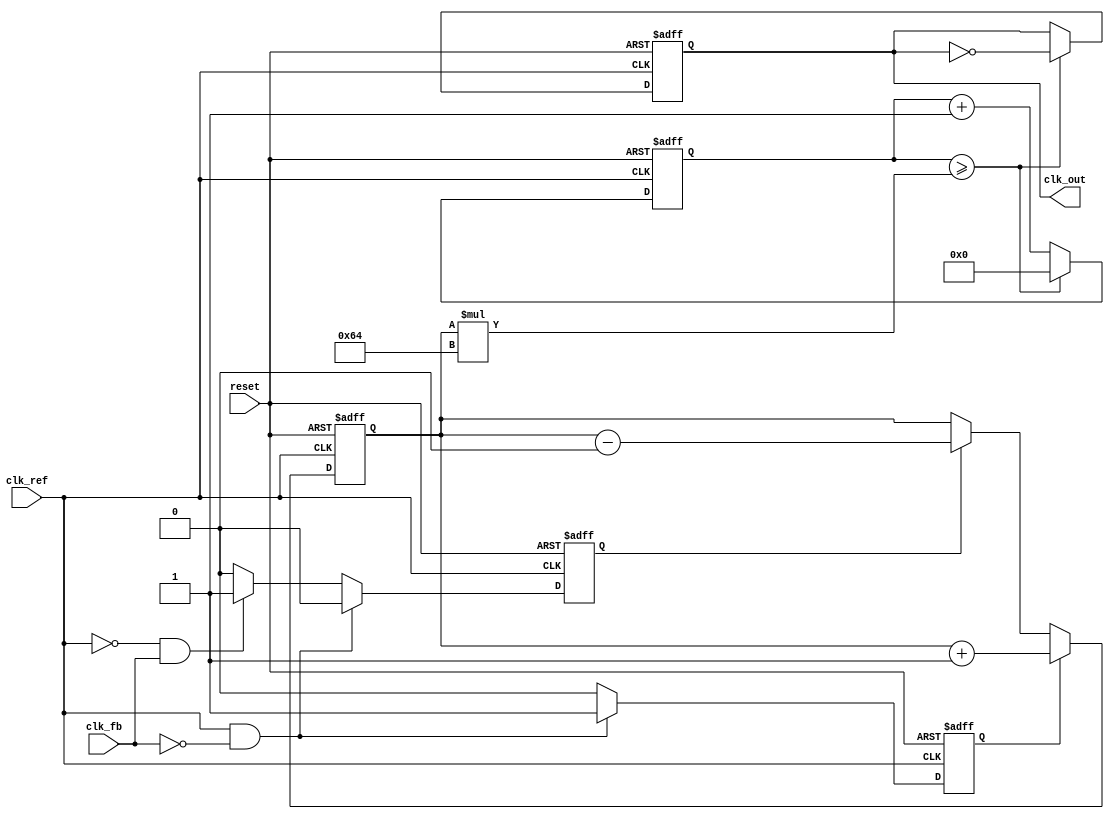
module cp_pll (
    input wire clk_ref,          // Reference clock input
    input wire clk_fb,           // Feedback clock input from VCO
    input wire reset,            // Asynchronous reset
    output reg clk_out           // Output clock from VCO
);

// Parameters
parameter CP_CURRENT_UP = 1'b1;   // Charge pump UP current
parameter CP_CURRENT_DOWN = 1'b0;  // Charge pump DOWN current
parameter DIV_RATIO = 4;           // Divider ratio for feedback

// Internal signals
reg up, down;                      // Signals from PFD
reg [7:0] loop_filter;             // Loop filter output
reg [7:0] vco_control;             // Control voltage for VCO
reg [15:0] vco_counter;            // VCO counter
reg [1:0] divider;                 // Frequency divider counter

// Phase Frequency Detector (PFD)
always @(posedge clk_ref or posedge reset) begin
    if (reset) begin
        up <= 1'b0;
        down <= 1'b0;
    end else begin
        if (clk_ref && !clk_fb) begin
            up <= 1'b1;
            down <= 1'b0;
        end else if (!clk_ref && clk_fb) begin
            up <= 1'b0;
            down <= 1'b1;
        end else begin
            up <= 1'b0;
            down <= 1'b0;
        end
    end
end

// Charge Pump (CP)
always @(posedge clk_ref or posedge reset) begin
    if (reset) begin
        loop_filter <= 8'b0;
    end else begin
        if (up) begin
            loop_filter <= loop_filter + CP_CURRENT_UP;
        end else if (down) begin
            loop_filter <= loop_filter - CP_CURRENT_DOWN;
        end
    end
end

// Voltage-Controlled Oscillator (VCO)
always @(posedge clk_ref or posedge reset) begin
    if (reset) begin
        vco_counter <= 16'b0;
        clk_out <= 1'b0;
    end else begin
        vco_counter <= vco_counter + 1;
        if (vco_counter >= (loop_filter * 100)) begin // Scale control voltage
            clk_out <= ~clk_out; // Toggle output clock
            vco_counter <= 16'b0; // Reset counter
        end
    end
end

// Frequency Divider
always @(posedge clk_out or posedge reset) begin
    if (reset) begin
        divider <= 2'b0;
    end else begin
        divider <= divider + 1;
        if (divider >= (DIV_RATIO - 1)) begin
            divider <= 2'b0; // Reset divider
        end
    end
end

endmodule